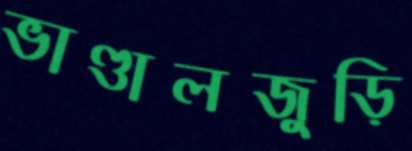
ভাণ্ডালজুড়ি